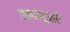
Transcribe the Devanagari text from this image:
एखाददुसरे